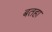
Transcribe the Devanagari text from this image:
बतहा